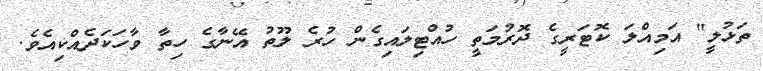
ތަޅުލީ" އަމިއްލަ ކޮޓަރީގެ ދޮރުމަތީ ހުއްޓިލައިގެން ހުރެ ލޫތު އޭނާގެ ހިތާ ވާހަކަދެއްކިއެވެ.